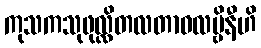
ကုသကသုဖုလ္လိတလတာဝလမ္ဗိနီဟိ